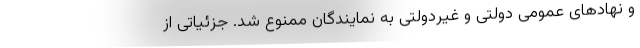
و نهادهای عمومی دولتی و غیردولتی به نمایندگان ممنوع شد. جزئیاتی از